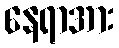
နေရာအား